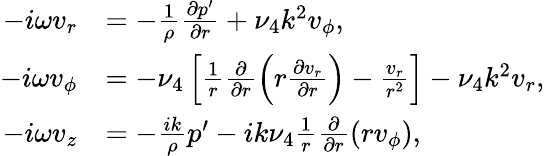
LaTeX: \begin{array}{rl}{-i\omega v_{r}}&{=-\frac{1}{\rho}\frac{\partial p^{\prime}}{\partial r}+\nu_{4}k^{2}v_{\phi},}\\ {-i\omega v_{\phi}}&{=-\nu_{4}\left[\frac{1}{r}\frac{\partial}{\partial r}\left(r\frac{\partial v_{r}}{\partial r}\right)-\frac{v_{r}}{r^{2}}\right]-\nu_{4}k^{2}v_{r},}\\ {-i\omega v_{z}}&{=-\frac{ik}{\rho}p^{\prime}-ik\nu_{4}\frac{1}{r}\frac{\partial}{\partial r}(rv_{\phi}),}\end{array}